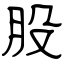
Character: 股